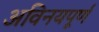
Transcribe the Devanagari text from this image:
अविनयपूर्ण